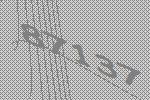
87137